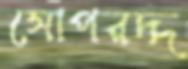
সোপরদ্দ